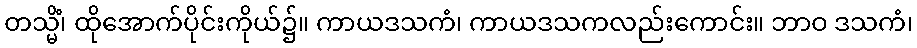
တသ္မိံ၊ ထိုအောက်ပိုင်းကိုယ်၌။ ကာယဒသကံ၊ ကာယဒသကလည်းကောင်း။ ဘာဝ ဒသကံ၊